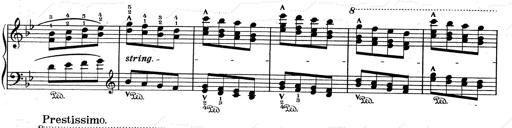
Title: RÃ©miniscences de Don Juan
Composer: Franz Liszt